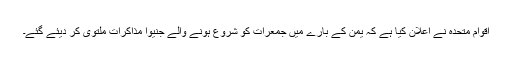
اقوام متحدہ نے اعلان کیا ہے کہ یمن کے بارے میں جمعرات کو شروع ہونے والے جنیوا مذاکرات ملتوی کر دیئے گئے۔